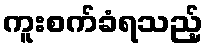
ကူးစက်ခံရသည့်